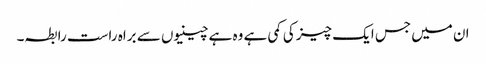
ان میں جس ایک چیز کی کمی ہے وہ ہے چینیوں سے براہ راست رابطہ۔